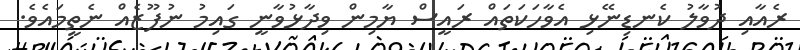
ރެއާއި ދުވާލު ކެނޑިނޭޅި އެވާހަކަތައް ރައީސް ޔާމިން ވިދާޅުވާނީ ގައިމު ނުފޫޒެއް ނެތީމައެވެ.